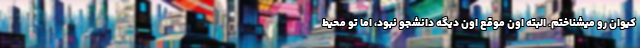
کیوان رو میشناختم. البته اون موقع اون دیگه دانشجو نبود، اما تو محیط